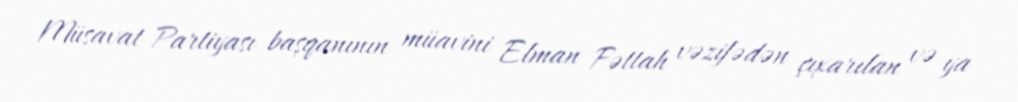
Müsavat Partiyası başqanının müavini Elman Fəttah vəzifədən çıxarılan və ya